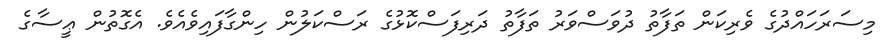
މިސަރަހައްދުގެ ވެރިކަން ތަފާތު ދުވަސްވަރު ތަފާތު ދަރިފަސްކޮޅުގެ ރަސްކަލުން ހިންގާފައިވެއެވެ. އެގޮތުން ޢީސާގެ